Civil Veterinary Department. Madras. Admin. report 1926-33 - 1926-1933
Year: 1926
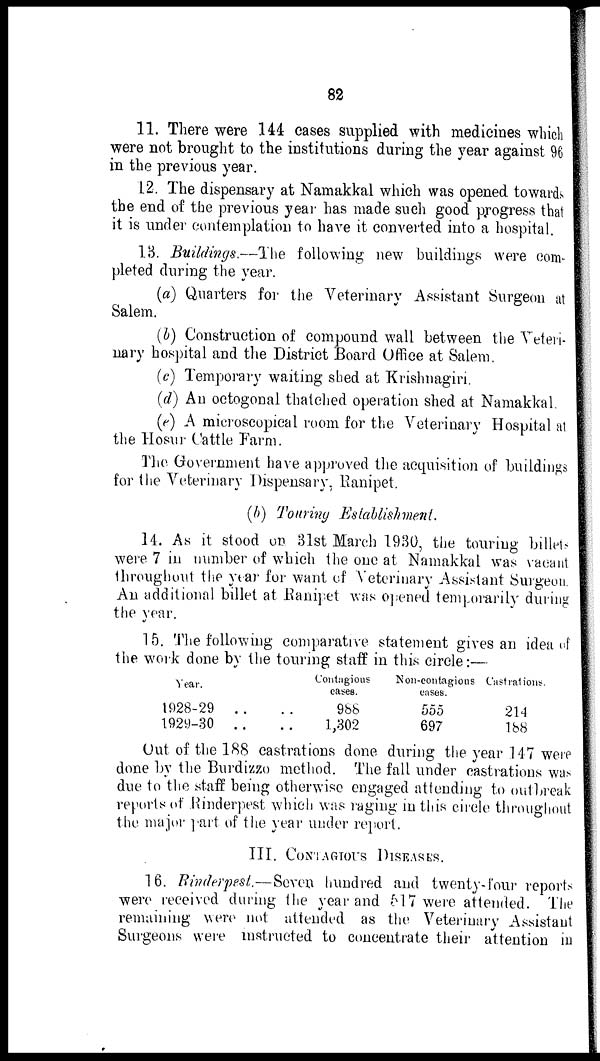
82
11. There were 144 cases supplied with medicines which
were not brought to the institutions during the year against 96
in the previous year.
12. The dispensary at Namakkal which was opened towards
the end of the previous year has made such good progress that
it is under contemplation to have it converted into a hospital.
13. Buildings.—The following new buildings were com-
pleted during the year.
(a) Quarters for the Veterinary Assistant Surgeon at
Salem.
(b) Construction of compound wall between the Veteri-
nary hospital and the District Board Office at Salem.
(c) Temporary waiting shed at Krishnagiri.
(d) An octogonal thatched operation shed at Namakkal.
(e) A microscopical room for the Veterinary Hospital at
the Hosur Cattle Farm.
The Government have approved the acquisition of buildings
for the Veterinary Dispensary, Ranipet,
(b) Touring Establishment.
14. As it stood on 31st March 1930, the touring billets
were 7 in number of which the one at Namakkal was vacant
throughout the year for want of Veterinary Assistant Surgeon.
An additional billet at Ranipet was opened temporarily during
the year.
15. The following comparative statement gives an idea of
the work done by the touring staff in this circle:—
Year.
1928-29 ..
1929-30 ..
Contagious
cases.
.. 986
.. 1,302
Non-contagions
cases.
555
697
Castrations.
214
188
Out of the 188 castrations done during the year 147 were
done by the Burdizzo method. The fall under castrations was
due to the staff being otherwise engaged attending to outbreak
reports of Rinderpest which was raging in this circle throughout
the major part of the year under report.
III. CONTAGIOUS DISEASES.
16. Rinderpest.—Seven hundred and twenty-four reports
were received during the year and 517 were attended. The
remaining were not attended as the Veterinary Assistant
Surgeons were instructed to concentrate their attention in